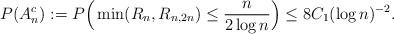
LaTeX: \begin{align*}P(A_n^c) := P\Big( \min( R_{n}, R_{n,2n}) \le \frac{n}{2 \log n} \Big) \le 8 C_1 (\log n)^{-2} .\end{align*}